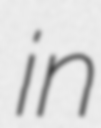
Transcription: in